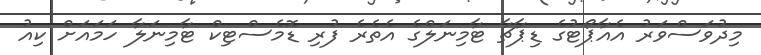
މިދުވަސްވަރު އެއާޕޯޓުގެ ޑިޕާޗާ ޓާމިނަލްގެ އެތެރެ ފުރި ޑޮމެސްޓިކް ޓާމިނަލާ ހަމައަށް ކިއު